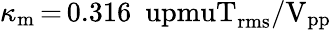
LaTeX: \kappa_{\mathrm{m}}\, {=}\, 0.316~\mathrm{\ upmuT_{rms}/V_{pp}}